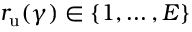
r _ { \mathrm { u } } ( \gamma ) \in \left\{ 1 , \ldots , E \right\}